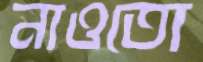
নাওতো